Report on the working of the Ranchi Indian Mental Hospital, Kanke, in Bihar and Orissa - 1930-1940
Year: 1930
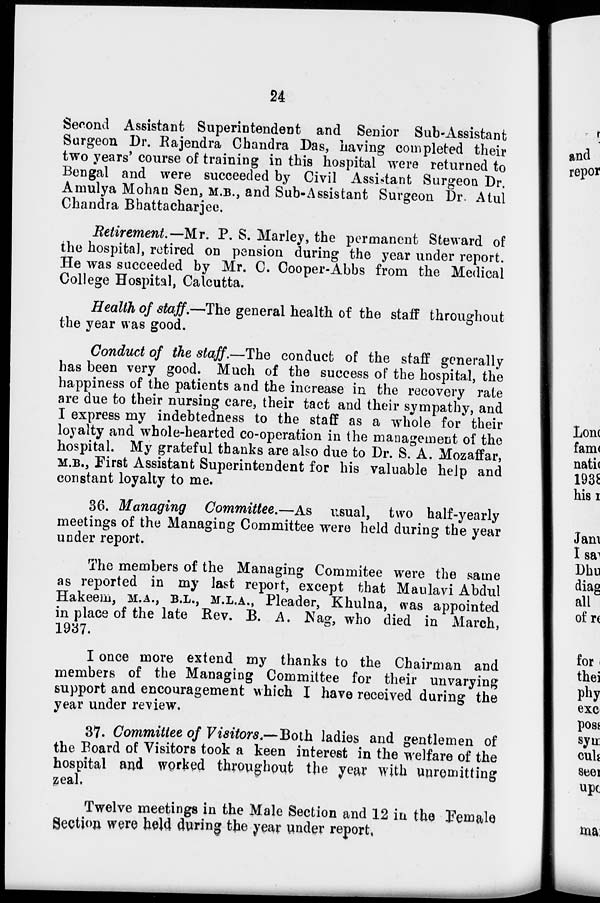
24
Second Assistant Superintendent and Senior Sub-Assistant
Surgeon Dr. Rajendra Chandra Das, having completed their
two years' course of training in this hospital were returned to
Bengal and were succeeded by Civil Assistant Surgeon Dr.
Amulya Mohan Sen, M.B., and Sub-Assistant Surgeon Dr. Atul
Chandra Bhattacharjee.
Retirement.—Mr. P. S. Marley, the permanent Steward of
the hospital, retired on pension during the year under report.
He was succeeded by Mr. C. Cooper-Abbs from the Medical
College Hospital, Calcutta.
Health of staff.—The general health of the staff throughout
the year was good.
Conduct of the staff.—The conduct of the staff generally
has been very good. Much of the success of the hospital, the
happiness of the patients and the increase in the recovery rate
are due to their nursing care, their tact and their sympathy, and
I express my indebtedness to the staff as a whole for their
loyalty and whole-hearted co-operation in the management of the
hospital. My grateful thanks are also due to Dr. S. A. Mozaffar,
M.B., First Assistant Superintendent for his valuable help and
constant loyalty to me.
36. Managing Committee.—As usual, two half-yearly
meetings of the Managing Committee were held during the year
under report.
The members of the Managing Commitee were the same
as reported in my last report, except that Maulavi Abdul
Hakeem, M.A., B.L., M.L.A., Pleader, Khulna, was appointed
in place of the late Rev. B. A. Nag, who died in March,
1937.
I once more extend my thanks to the Chairman and
members of the Managing Committee for their unvarying
support and encouragement which I have received during the
year under review.
37. Committee of Visitors.—Both ladies and gentlemen of
the Board of Visitors took a keen interest in the welfare of the
hospital and worked throughout the year with unremitting
zeal.
Twelve meetings in the Male Section and 12 in the Female
Section were held during the year under report,